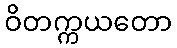
ဝိတက္ကယတော